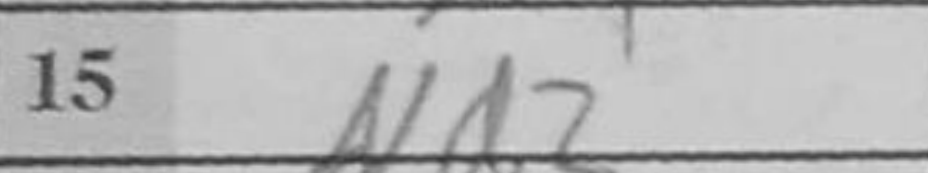
Transcription: Nd2